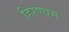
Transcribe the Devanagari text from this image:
हिरण्यम